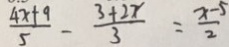
\frac { 4 x + 9 } { 5 } - \frac { 3 + 2 x } { 3 } = \frac { x - 5 } { 2 }